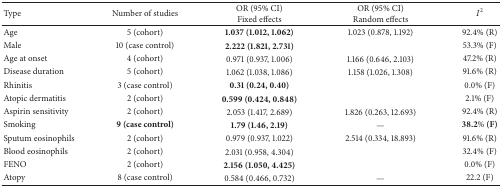
| Type | Number of studies | OR (95% CI)Fixed effects | OR (95% CI)Random effects | I2 |
 | --- | --- | --- | --- | --- |
 | Age | 5 (cohort) | 1.037 (1.012, 1.062) | 1.023 (0.878, 1.192) | 92.4% (R) |
 | Male | 10 (case control) | 2.222 (1.821, 2.731) |  | 53.3% (F) |
 | Age at onset | 4 (cohort) | 0.971 (0.937, 1.006) | 1.166 (0.646, 2.103) | 47.2% (R) |
 | Disease duration | 5 (cohort) | 1.062 (1.038, 1.086) | 1.158 (1.026, 1.308) | 91.6% (R) |
 | Rhinitis | 3 (case control) | 0.31 (0.24, 0.40) |  | 0.0% (F) |
 | Atopic dermatitis | 2 (cohort) | 0.599 (0.424, 0.848) |  | 2.1% (F) |
 | Aspirin sensitivity | 2 (cohort) | 2.053 (1.417, 2.689) | 1.826 (0.263, 12.693) | 92.4% (R) |
 | Smoking | 9 (case control) | 1.79 (1.46, 2.19) | — | 38.2% (F) |
 | Sputum eosinophils | 2 (cohort) | 0.979 (0.937, 1.022) | 2.514 (0.334, 18.893) | 91.6% (R) |
 | Blood eosinophils | 2 (cohort) | 2.031 (0.958, 4.304) |  | 32.4% (F) |
 | FENO | 2 (cohort) | 2.156 (1.050, 4.425) |  | 0.0% (F) |
 | Atopy | 8 (case control) | 0.584 (0.466, 0.732) | — | 22.2 (F) |